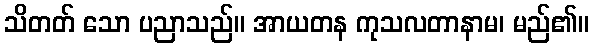
သိတတ် သော ပညာသည်။ အာယတန ကုသလတာနာမ၊ မည်၏။